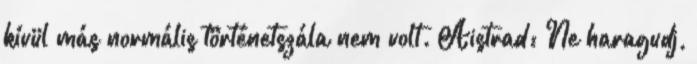
kívül más normális történetszála nem volt. Aistrad: Ne haragudj,